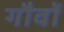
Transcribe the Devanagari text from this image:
गौवों